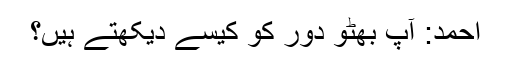
احمد: آپ بھٹو دور کو کیسے دیکھتے ہیں؟